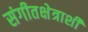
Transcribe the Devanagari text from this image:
संगीतक्षेत्राशी